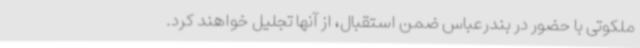
ملکوتی با حضور در بندرعباس ضمن استقبال، از آنها تجلیل خواهند کرد.